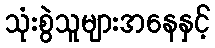
သုံးစွဲသူများအနေနှင့်